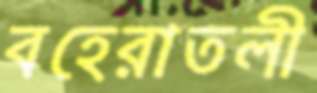
বহেরাতলী